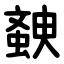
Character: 螤